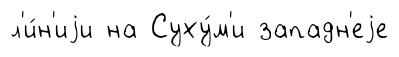
л'и́н'иjи на Суху́м'и западн'еjе